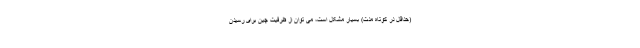
(حداقل در کوتاه مدت) بسیار مشکل است، می توان از ظرفیت چین برای رسیدن